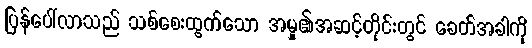
ပြန်ပေါ်လာသည် သစ်စေးထွက်သော အမှု၏အဆင့်တိုင်းတွင် ခေတ်အခါကို